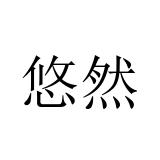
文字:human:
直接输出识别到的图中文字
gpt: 悠然